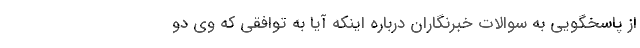
از پاسخگویی به سوالات خبرنگاران درباره اینکه آیا به توافقی که وی دو